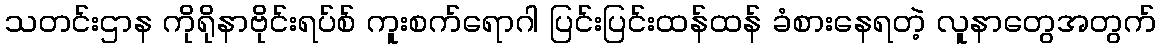
သတင်းဌာန ကိုရိုနာဗိုင်းရပ်စ် ကူးစက်ရောဂါ ပြင်းပြင်းထန်ထန် ခံစားနေရတဲ့ လူနာတွေအတွက်